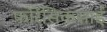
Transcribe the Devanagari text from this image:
फोरेंसिकसाई